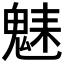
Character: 𩳆